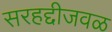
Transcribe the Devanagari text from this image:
सरहद्दीजवळ